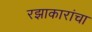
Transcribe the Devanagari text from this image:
रझाकारांचा